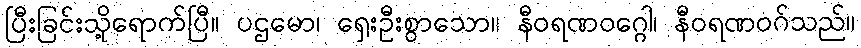
ပြီးခြင်းသို့ရောက်ပြီ။ ပဌမော၊ ရှေးဦးစွာသော။ နီဝရဏဝဂ္ဂေါ၊ နီဝရဏဝဂ်သည်။